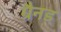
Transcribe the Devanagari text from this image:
ग्रैनड